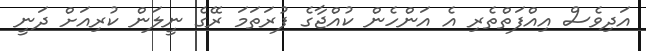
އަދިވެސް އިއްފަތްތެރި އެ އަންހެން ކުއްޖާގެ ފުރަތަމަ ރޭގެ ނީލަން ކުރިއަށް ދަނީ